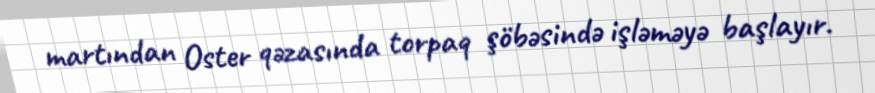
martından Oster qəzasında torpaq şöbəsində işləməyə başlayır.